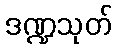
ဒဏ္ဍသုတ်